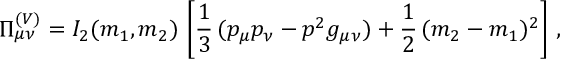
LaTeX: \Pi _ { \mu \nu } ^ { ( V ) } = I _ { 2 } ( m _ { 1 } , m _ { 2 } ) \, \left[ \frac { 1 } { 3 } \, ( p _ { \mu } p _ { \nu } - p ^ { 2 } g _ { \mu \nu } ) + \frac { 1 } { 2 } \, ( m _ { 2 } - m _ { 1 } ) ^ { 2 } \right] \, ,